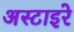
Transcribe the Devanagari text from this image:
अस्टाइरे